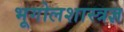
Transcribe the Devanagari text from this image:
भूगोलशास्त्रज्ञ